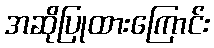
အဆိုပြုထားကြောင်း